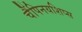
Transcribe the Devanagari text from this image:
चैंपिनयशिप्स